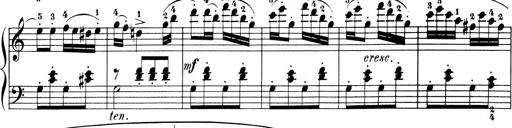
Title: 6 Piano Sonatinas
Composer: Cornelius Gurlitt